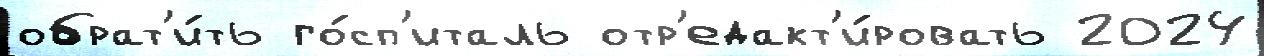
обрат'и́ть го́сп'италь отр'едакт'и́ровать 2024